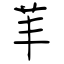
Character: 䒠